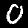
Label: 0